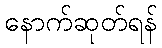
နောက်ဆုတ်ရန်